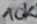
Text: 10K